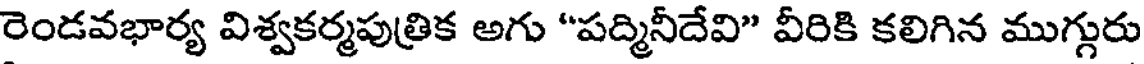
రెండవభార్య విశ్వకర్మపుత్రిక అగు "పద్మినీదేవి" వీరికి కలిగిన ముగ్గురు